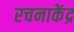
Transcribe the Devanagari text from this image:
रचनाकेंद्र